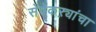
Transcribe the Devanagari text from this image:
सेवेकऱ्यांचा